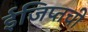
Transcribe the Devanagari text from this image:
ईजिप्तची